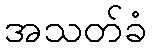
အသတ်ခံ